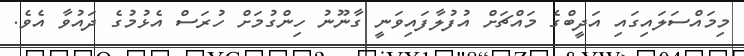
މިމައްސަލައިގައި އަދީބްގެ މައްޗަށް އުފުލާފައިވަނީ ގާނޫނު ހިންގުމަށް ހުރަސް އެޅުމުގެ ދައުވާ އެވެ.